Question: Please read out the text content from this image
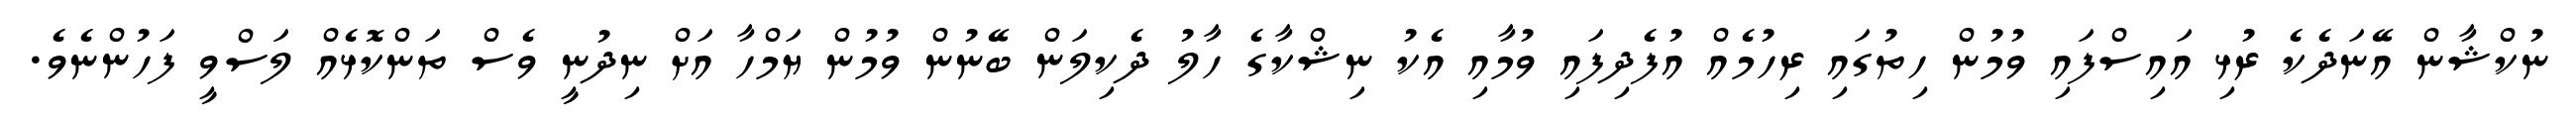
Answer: ނުކްޝާން އޭނަދެކެ ރުޅި އައިސްފައި ވުމުން ހިތުގައި ރިހުމެއް އުފެދިފައި ވުމާއި އެކު ނިޝްކާގެ ހާލު ދެކިލަން ބޭނުން ވުމުން ޔަމްހާ އަށް ނިދުނީ ވެސް ތަންކޮޅެއް ލަސްވީ ފަހުންނެވެ.